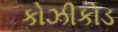
કોઝીકોડ